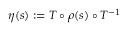
\eta ( s ) : = T \circ \rho ( s ) \circ T ^ { - 1 }